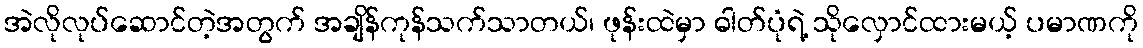
အဲလိုလုပ်ဆောင်တဲ့အတွက် အချိန်ကုန်သက်သာတယ်၊ ဖုန်းထဲမှာ ဓါတ်ပုံရဲ့ သိုလှောင်ထားမယ့် ပမာဏကို